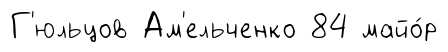
Г'юльцов Ам'ельченко 84 майо́р